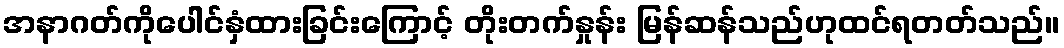
အနာဂတ်ကိုပေါင်နှံထားခြင်းကြောင့် တိုးတက်နှုန်း မြန်ဆန်သည်ဟုထင်ရတတ်သည်။